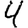
Digit: 4